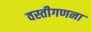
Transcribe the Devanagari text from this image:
वस्तीगणना